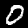
Digit: 0